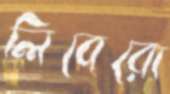
লিবেরো